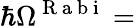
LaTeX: \hbar\Omega^{\mathrm{~R~a~b~i~}}=